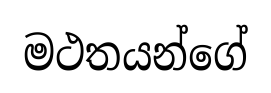
මථතයන්ගේ